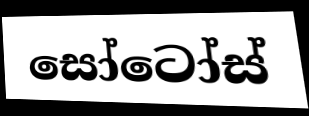
සෝටෝස්